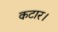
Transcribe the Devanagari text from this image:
कटार।